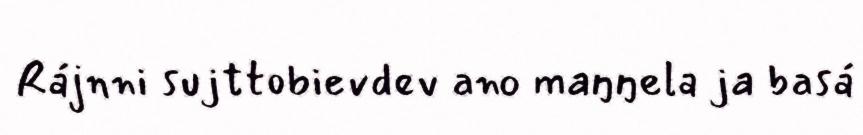
Rájnni sujttobievdev ano maŋŋela ja basá